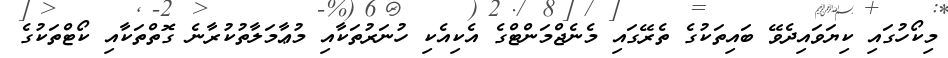
މިކޯހުގައި ކިޔަވައިދެވޭ ބައިތަކުގެ ތެރޭގައި މެނެޖްމަންޓްގެ އެކިއެކި ހުނަރުތަކާއި މުޢާމަލާތުކުރާނެ ގޮތްތަކާއި ކޯޓްތަކުގެ